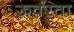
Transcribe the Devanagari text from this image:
ऊर्वरता